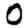
Digit: 0